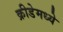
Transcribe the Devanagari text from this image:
क्रीडेमध्ये